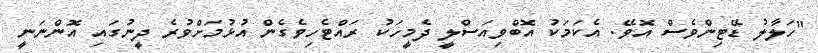
"ހަލާލު ޑޭޓިންވެސް އޮވޭ. އެކަމަކު އޮބްވިއަސްލީ ދެމީހަކު ރައްޓެހިވެގެން އުޅުމަށްވުރެ ދީނުގައި އޮންނަނީ